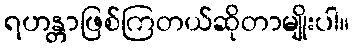
ရဟန္တာဖြစ်ကြတယ်ဆိုတာမျိုးပါ။